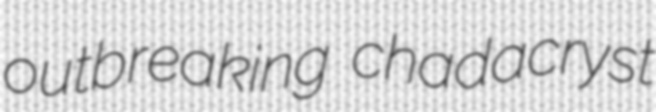
outbreaking chadacryst